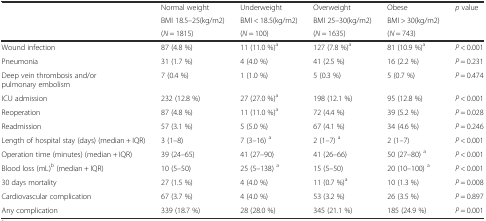
<table><thead><tr><td rowspan="3"></td><td><b>Normal weight</b></td><td><b>Underweight</b></td><td><b>Overweight</b></td><td><b>Obese</b></td><td rowspan="3"><b><i>p</i> value</b></td></tr><tr><td><b>BMI 18.5–25(kg/m2)</b></td><td><b>BMI &lt; 18.5(kg/m2)</b></td><td><b>BMI 25–30(kg/m2)</b></td><td><b>BMI &gt; 30(kg/m2)</b></td></tr><tr><td><b>(<i>N</i> = 1815)</b></td><td><b>(<i>N</i> = 100)</b></td><td><b>(<i>N</i> = 1635)</b></td><td><b>(<i>N</i> = 743)</b></td></tr></thead><tbody><tr><td>Wound infection</td><td>87 (4.8 %)</td><td>11 (11.0 %)<sup>a</sup></td><td>127 (7.8 %)<sup>a</sup></td><td>81 (10.9 %)<sup>a</sup></td><td><i>P</i> &lt; 0.001</td></tr><tr><td>Pneumonia</td><td>31 (1.7 %)</td><td>4 (4.0 %)</td><td>41 (2.5 %)</td><td>16 (2.2 %)</td><td><i>P</i> = 0.231</td></tr><tr><td>Deep vein thrombosis and/or pulmonary embolism</td><td>7 (0.4 %)</td><td>1 (1.0 %)</td><td>5 (0.3 %)</td><td>5 (0.7 %)</td><td><i>P</i> = 0.474</td></tr><tr><td>ICU admission</td><td>232 (12.8 %)</td><td>27 (27.0 %)<sup>a</sup></td><td>198 (12.1 %)</td><td>95 (12.8 %)</td><td><i>P</i> &lt; 0.001</td></tr><tr><td>Reoperation</td><td>87 (4.8 %)</td><td>11 (11.0 %)<sup>a</sup></td><td>72 (4.4 %)</td><td>39 (5.2 %)</td><td><i>P</i> = 0.028</td></tr><tr><td>Readmission</td><td>57 (3.1 %)</td><td>5 (5.0 %)</td><td>67 (4.1 %)</td><td>34 (4.6 %)</td><td><i>P</i> = 0.246</td></tr><tr><td>Length of hospital stay (days) (median + IQR)</td><td>3 (1–8)</td><td>7 (3–16) <sup>a</sup></td><td>2 (1–7) <sup>a</sup></td><td>2 (1–7)</td><td><i>P</i> &lt; 0.001</td></tr><tr><td>Operation time (minutes) (median + IQR)</td><td>39 (24–65)</td><td>41 (27–90)</td><td>41 (26–66)</td><td>50 (27–80) <sup>a</sup></td><td><i>P</i> &lt; 0.001</td></tr><tr><td>Blood loss (mL)<sup>b</sup> (median + IQR)</td><td>10 (5–50)</td><td>25 (5–138) <sup>a</sup></td><td>15 (5–50)</td><td>20 (10–100) <sup>a</sup></td><td><i>P</i> &lt; 0.001</td></tr><tr><td>30 days mortality</td><td>27 (1.5 %)</td><td>4 (4.0 %)</td><td>11 (0.7 %)<sup>a</sup></td><td>10 (1.3 %)</td><td><i>P</i> = 0.008</td></tr><tr><td>Cardiovascular complication</td><td>67 (3.7 %)</td><td>4 (4.0 %)</td><td>53 (3.2 %)</td><td>26 (3.5 %)</td><td><i>P</i> = 0.897</td></tr><tr><td>Any complication</td><td>339 (18.7 %)</td><td>28 (28.0 %)</td><td>345 (21.1 %)</td><td>185 (24.9 %)</td><td><i>P</i> = 0.001</td></tr></tbody></table>